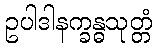
ဥပါဒါနက္ခန္ဓသုတ္တံ